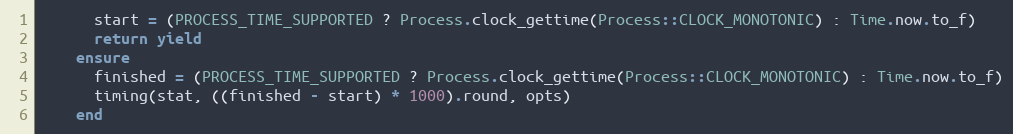
Language: Ruby
      start = (PROCESS_TIME_SUPPORTED ? Process.clock_gettime(Process::CLOCK_MONOTONIC) : Time.now.to_f)
      return yield
    ensure
      finished = (PROCESS_TIME_SUPPORTED ? Process.clock_gettime(Process::CLOCK_MONOTONIC) : Time.now.to_f)
      timing(stat, ((finished - start) * 1000).round, opts)
    end